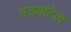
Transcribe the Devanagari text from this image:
एडवांटेज़